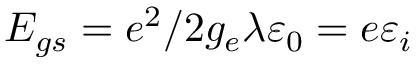
E _ { g s } = e ^ { 2 } / 2 g _ { e } \lambda \varepsilon _ { 0 } = e \varepsilon _ { i }